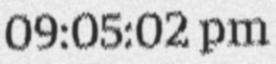
09:05:02 pm